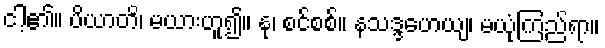
ငါ့၏။ ပိယာတိ၊ မယားဟူ၍။ နု၊ စင်စစ်။ နသဒ္ဒဟေယျ၊ မယုံကြည်ရာ။